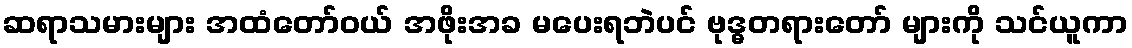
ဆရာသမားများ အထံတော်ဝယ် အဖိုးအခ မပေးရဘဲပင် ဗုဒ္ဓတရားတော် များကို သင်ယူကာ